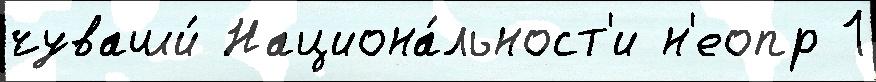
чуваши́ Национа́льност'и н'еопр 1